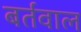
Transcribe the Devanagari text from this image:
बर्तवाल